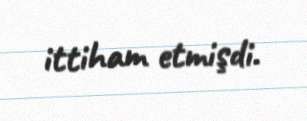
ittiham etmişdi.